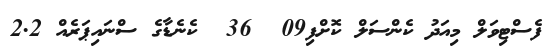
ފެސްޓިވަލް މިއަދު ކެންސަލް ކޮށްފި09  36  ކެނެޑާގެ ސްނައިޕަރެއް 2.2